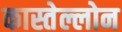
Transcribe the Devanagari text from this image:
कास्तेल्लोन